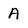
Character: A